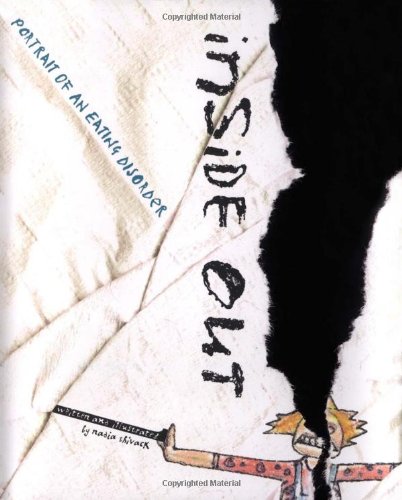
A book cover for Inside Out: Portrait of an Eating Disorder; Nadia Shivack; Health, Fitness & Dieting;